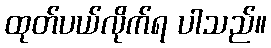
ထုတ်ပယ်လိုက်ရ ပါသည်။